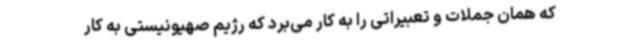
که همان جملات و تعبیراتی را به کار می‌برد که رژیم صهیونیستی به کار